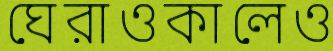
ঘেরাওকালেও